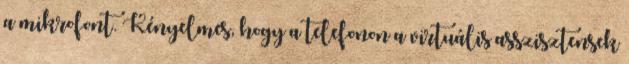
a mikrofont. Kényelmes, hogy a telefonon a virtuális asszisztensek